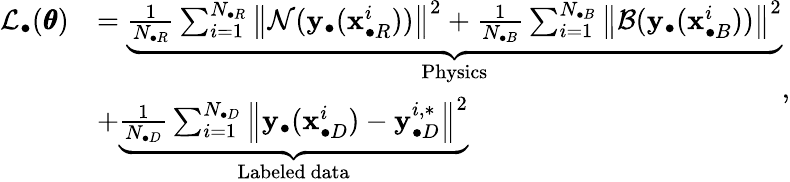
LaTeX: \begin{array}{rl}{\mathcal{L}_{\bullet}(\pmb{\theta})}&{=\underbrace{\frac{1}{N_{\bullet R}}\sum_{i=1}^{N_{\bullet R}}{\left\| \mathcal{N}(\mathbf{y}_{\bullet}(\mathbf{x}_{\bullet R}^{i}))\right\| ^{2}}+\frac{1}{N_{\bullet B}}\sum_{i=1}^{N_{\bullet B}}{\left\| \mathcal{B}(\mathbf{y}_{\bullet}(\mathbf{x}_{\bullet B}^{i}))\right\| ^{2}}}_{\mathrm{Physics}}}\\ &{+\underbrace{\frac{1}{N_{\bullet D}}\sum_{i=1}^{N_{\bullet D}}{\left\| \mathbf{y}_{\bullet}(\mathbf{x}_{\bullet D}^{i})-\mathbf{y}_{\bullet D}^{i,*}\right\| ^{2}}}_{\mathrm{Labeled~data}}}\end{array},